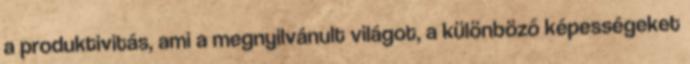
a produktivitás, ami a megnyilvánult világot, a különböző képességeket